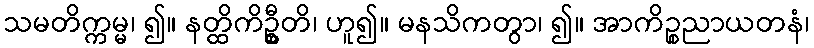
သမတိက္ကမ္မ၊ ၍။ နတ္ထိကိဦ္စတိ၊ ဟူ၍။ မနသိကတွာ၊ ၍။ အာကိဉ္စညာယတနံ၊